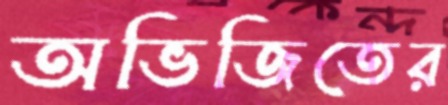
অভিজিতের